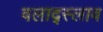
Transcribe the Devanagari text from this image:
वलाद्स्लाव